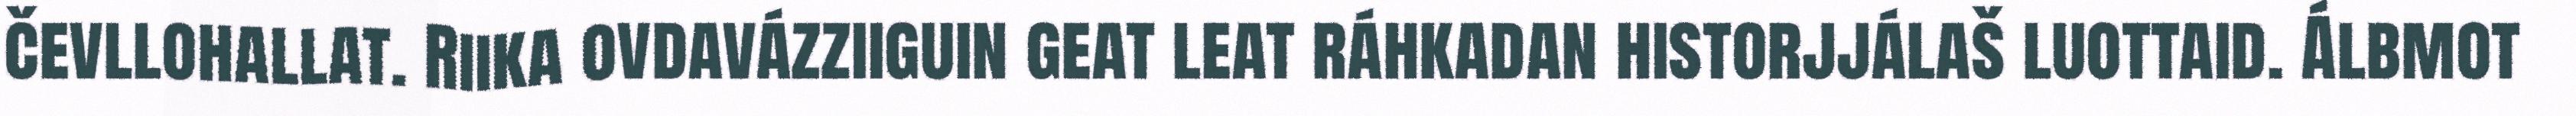
čevllohallat. Riika ovdavázziiguin geat leat ráhkadan historjjálaš luottaid. Álbmot